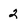
Character: 2